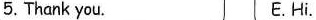
5.Thank you. E.Hi.